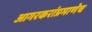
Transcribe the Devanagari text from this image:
आगरकरांप्रमाणेच